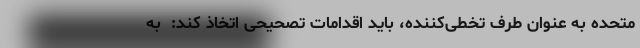
متحده به عنوان طرف تخطی‌کننده، باید اقدامات تصحیحی اتخاذ کند:  به